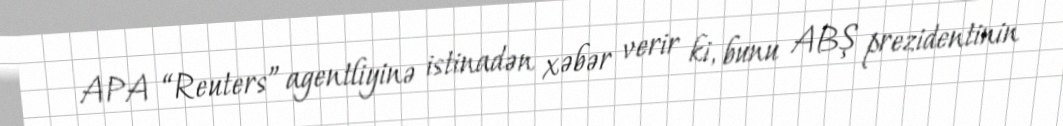
APA “Reuters” agentliyinə istinadən xəbər verir ki, bunu ABŞ prezidentinin